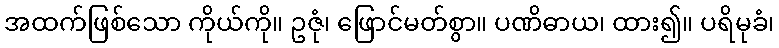
အထက်ဖြစ်သော ကိုယ်ကို။ ဥဇုံ၊ ဖြောင်မတ်စွာ။ ပဏိဓာယ၊ ထား၍။ ပရိမုခံ၊